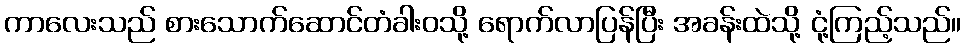
ကာလေးသည် စားသောက်ဆောင်တံခါးဝသို့ ရောက်လာပြန်ပြီး အခန်းထဲသို့ ငုံ့ကြည့်သည်။